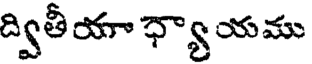
ద్వితీయా ధ్యాయము